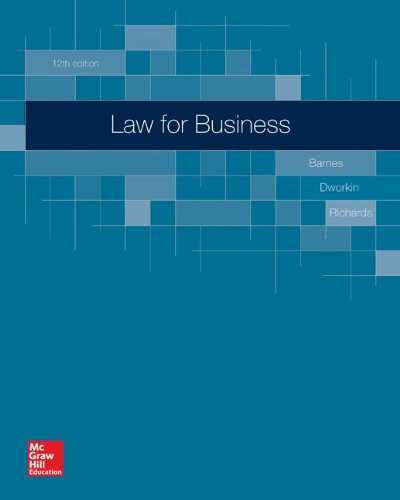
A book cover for Law for Business; A. James Barnes; Law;